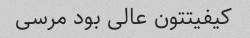
کیفیتتون عالی بود مرسی